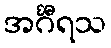
အင်္ဂီရသ